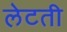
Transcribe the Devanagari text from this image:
लेटती